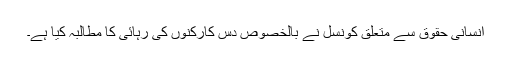
انسانی حقوق سے متعلق کونسل نے بالخصوص دس کارکنوں کی رہائی کا مطالبہ کيا ہے۔